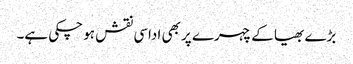
بڑے بھیا کے چہرے پر بھی اداسی نقش ہو چکی ہے۔